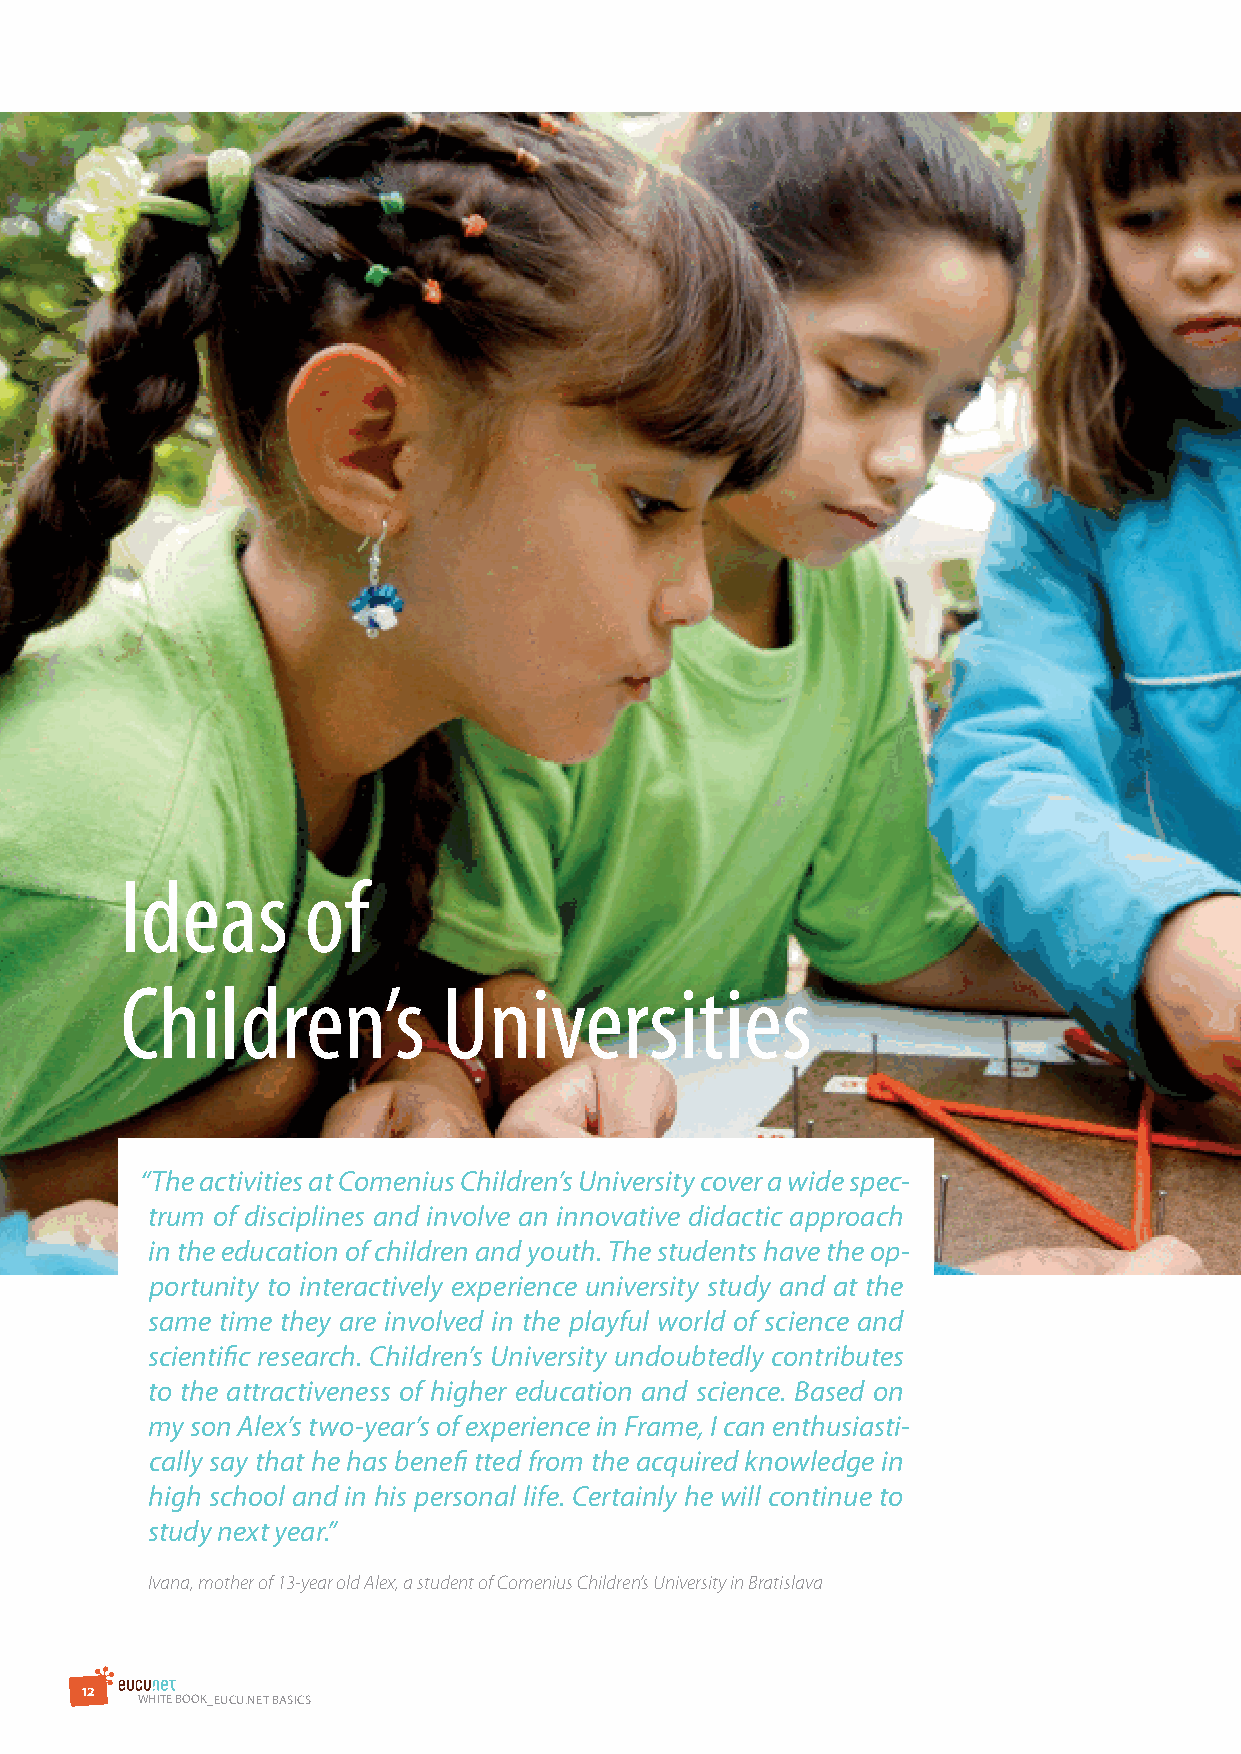
Ideas       of
 Children’s           Universities
 “The activities at Comenius Children’s University cover a wide spec-
 trum of disciplines and involve an innovative didactic approach
 in the education of children and youth. The students have the op-
 portunity to interactively experience university study and at the
 same time they are involved in the playful world of science and
 scientific research. Children’s University undoubtedly contributes
 to the attractiveness of higher education and science. Based on
 my son Alex’s two-year’s of experience in Frame, I can enthusiasti-
 cally say that he has benefi tted from the acquired knowledge in
 high school and in his personal life. Certainly he will continue to
 study next year.”
 Ivana, mother of 13-year old Alex, a student of Comenius Children’s University in Bratislava
 1 2
 WHITE BOOK_EuCu.NET BAsICs